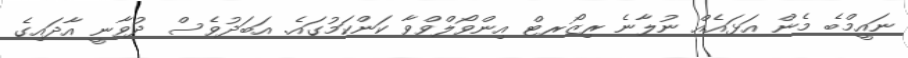
ނައީމްބެ މެން އަޅައެެއް ނުލާނެ ރިޒޯރޓް އިންވޯލްވްވާ ކަންކަމުގައެ. އަބަދުވެސް ދުވާނީ އާދައިގެ